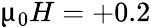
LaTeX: \upmu_{0}H=+0.2